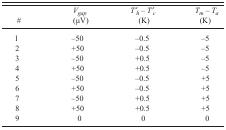
<table><thead><tr><td><b>#</b></td><td><b><i>V<sub>gap</sub></i>(μV)</b></td><td><b><i>T</i>′<i><sub>h</sub></i> − <i>T</i>′<i><sub>c</sub></i>(K)</b></td><td><b><i>T<sub>m</sub></i> − <i>T<sub>a</sub></i>(K)</b></td></tr></thead><tbody><tr><td>1</td><td>−50</td><td>−0.5</td><td>−5</td></tr><tr><td>2</td><td>+50</td><td>−0.5</td><td>−5</td></tr><tr><td>3</td><td>−50</td><td>+0.5</td><td>−5</td></tr><tr><td>4</td><td>+50</td><td>+0.5</td><td>−5</td></tr><tr><td>5</td><td>−50</td><td>−0.5</td><td>+5</td></tr><tr><td>6</td><td>+50</td><td>−0.5</td><td>+5</td></tr><tr><td>7</td><td>−50</td><td>+0.5</td><td>+5</td></tr><tr><td>8</td><td>+50</td><td>+0.5</td><td>+5</td></tr><tr><td>9</td><td>0</td><td>0</td><td>0</td></tr></tbody></table>